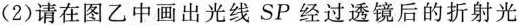
(2)请在图乙中画出光线SP经过透镜后的折射光